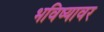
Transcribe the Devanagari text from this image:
भविष्यावर